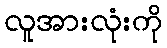
လူအားလုံးကို